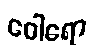
ဝေါရော